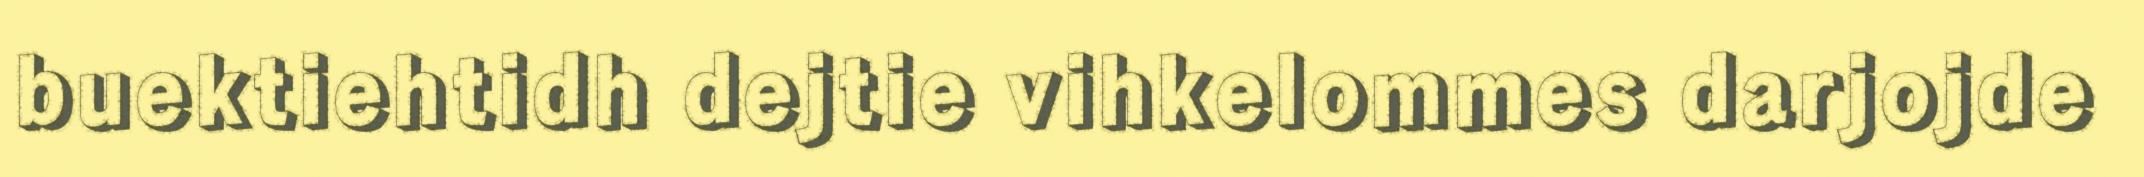
buektiehtidh dejtie vihkelommes darjojde